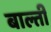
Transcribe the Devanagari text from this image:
बाल्ती